Indian journal of veterinary science and animal husbandry - Volume 11,
Year: 1941
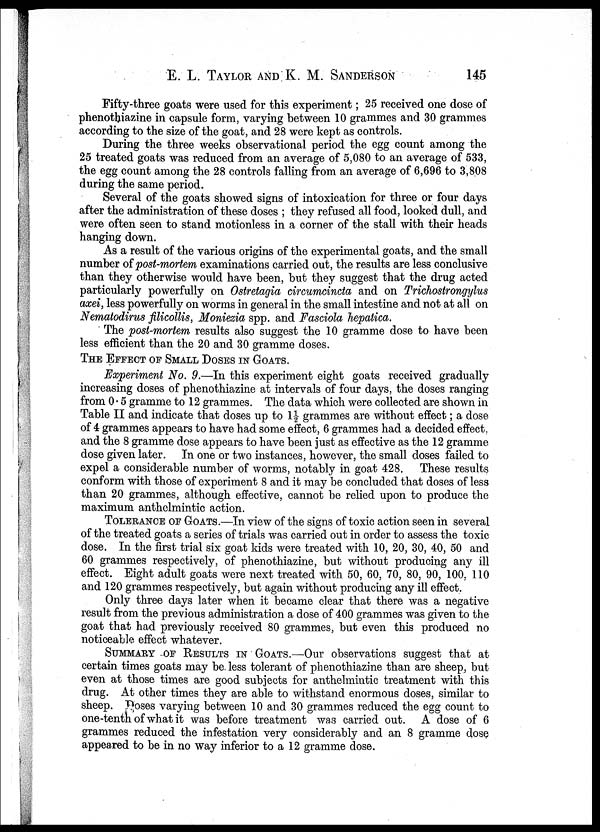
E. L. TAYLOR AND K. M.
SANDERSON
145
Fifty-three goats were used for this experiment; 25 received one dose of
phenothiazine in capsule form, varying between 10 grammes and 30 grammes
according to the size of the goat, and 28 were kept as controls.
During the three weeks observational period the egg count among the
25 treated goats was reduced from an average of 5,080 to an average of 533,
the egg count among the 28 controls falling from an average of 6,696 to 3,808
during the same period.
Several of the goats showed signs of intoxication for three or four days
after the administration of these doses ; they refused all food, looked dull, and
were often seen to stand motionless in a corner of the stall with their heads
hanging down.
As a result of the various origins of the experimental goats, and the small
number of post-mortem examinations carried out, the results are less conclusive
than they otherwise would have been, but they suggest that the drug acted
particularly powerfully on Ostretagia circumcincta and on Trichostrongylus
axei, less powerfully on worms in general in the small intestine and not at all on
Nematodirus filicollis, Moniezia spp. and Fasciola hepatica.
The post-mortem results also suggest the 10 gramme dose to have been
less efficient than the 20 and 30 gramme doses.
THE EFFECT OF SMALL DOSES IN GOATS.
Experiment No. 9.—In this experiment eight goats received gradually
increasing doses of phenothiazine at intervals of four days, the doses ranging
from 0.5 gramme to 12 grammes. The data which were collected are shown in
Table II and indicate that doses up to l½ grammes are without effect; a dose
of 4 grammes appears to have had some effect, 6 grammes had a decided effect,
and the 8 gramme dose appears to have been just as effective as the 12 gramme
dose given later. In one or two instances, however, the small doses failed to
expel a considerable number of worms, notably in goat 428. These results
conform with those of experiment 8 and it may be concluded that doses of less
than 20 grammes, although effective, cannot be relied upon to produce the
maximum anthelmintic action.
TOLERANCE OF GOATS.—In view of the signs of toxic action seen in several
of the treated goats a series of trials was carried out in order to assess the toxic
dose. In the first trial six goat kids were treated with 10, 20, 30, 40, 50 and
60 grammes respectively, of phenothiazine, but without producing any ill
effect. Eight adult goats were next treated with 50, 60, 70, 80, 90, 100, 110
and 120 grammes respectively, but again without producing any ill effect.
Only three days later when it became clear that there was a negative
result from the previous administration a dose of 400 grammes was given to the
goat that had previously received 80 grammes, but even this produced no
noticeable effect whatever.
SUMMARY OF RESULTS IN GOATS.—Our observations suggest that at
certain times goats may be less tolerant of phenothiazine than are sheep, but
even at those times are good subjects for anthelmintic treatment with this
drug. At other times they are able to withstand enormous doses, similar to
sheep. Doses varying between 10 and 30 grammes reduced the egg count to
one-tenth of what it was before treatment was carried out. A dose of 6
grammes reduced the infestation very considerably and an 8 gramme dose
appeared to be in no way inferior to a 12 gramme dose.